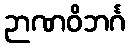
ဉာဏဝိဘင်္ဂ